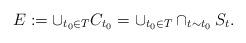
LaTeX: \begin{align*}E:= \cup_{t_{0}\in T}C_{t_{0}}= \cup_{t_{0}\in T}\cap _{t\sim t_{0}}S_{t}.\end{align*}